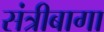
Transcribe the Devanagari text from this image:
संत्रीबागा